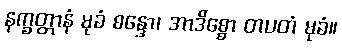
နက္ခတ္တာနံ မုခံ စန္ဒော၊ အာဒိစ္စော တပတံ မုခံ။